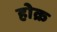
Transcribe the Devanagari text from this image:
होक्र